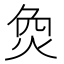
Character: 烉